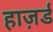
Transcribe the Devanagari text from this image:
हाज़र्ड